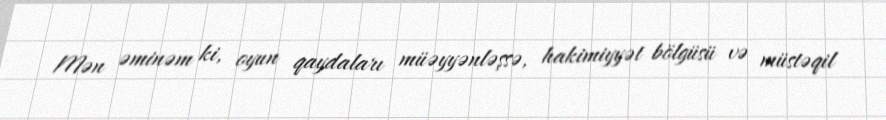
Mən əminəm ki, oyun qaydaları müəyyənləşsə, hakimiyyət bölgüsü və müstəqil